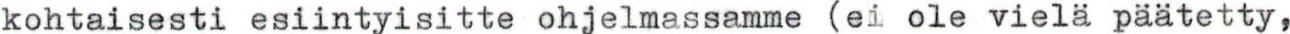
kohtaisesti esiintyisitte ohjelmassamme (ei ole vielä päätetty,